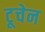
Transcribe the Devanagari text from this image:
टूचेन